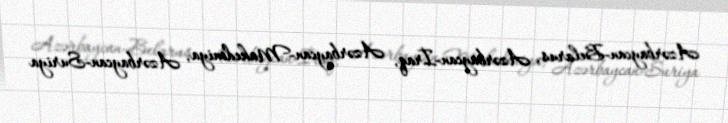
Azərbaycan-Belarus, Azərbaycan-İraq, Azərbaycan-Makedoniya, Azərbaycan-Suriya